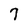
Character: 7